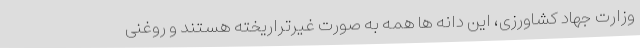
وزارت جهاد کشاورزی، این دانه ها همه به صورت غیرتراریخته هستند و روغنی